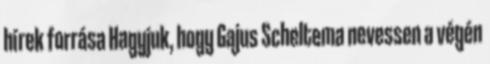
hírek forrása Hagyjuk, hogy Gajus Scheltema nevessen a végén